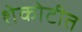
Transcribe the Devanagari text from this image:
शेकोटीत